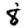
Digit: 8